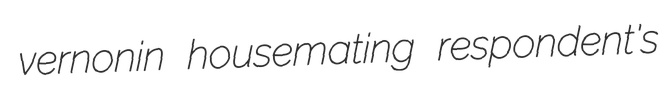
vernonin housemating respondent's